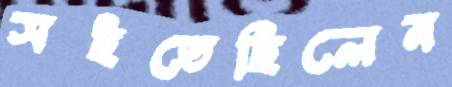
সইতেছিলেন